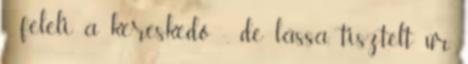
- feleli a kereskedő -, de lássa, tisztelt úr,